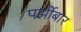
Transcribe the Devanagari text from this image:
पर्झीबार